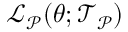
\mathcal { L } _ { \mathcal { P } } ( \boldsymbol { \theta } ; \mathcal { T } _ { \mathcal { P } } )